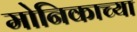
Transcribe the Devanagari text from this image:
मोनिकाच्या